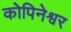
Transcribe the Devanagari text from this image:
कोपिनेश्वर